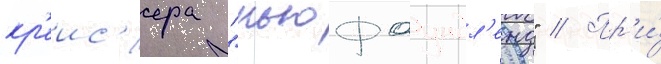
кр'еис'ера "ньюфаундл'енд" // Пр'и́